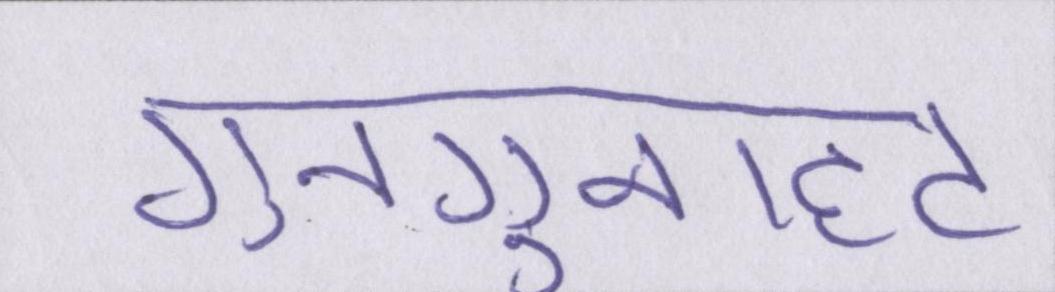
गुनगुनाहट